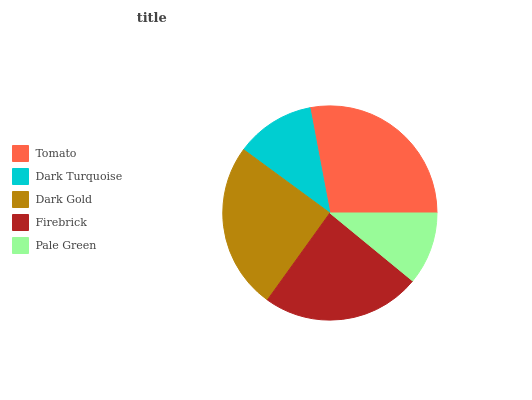
| Tomato | Dark Turquoise | Dark Gold | Firebrick | Pale Green |
 | --- | --- | --- | --- | --- |
 | 28% | 11.9% | 25.1% | 24% | 10.9% |